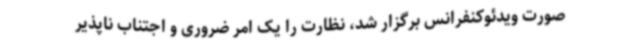
صورت ویدئوکنفرانس برگزار شد، نظارت را یک امر ضروری و اجتناب ناپذیر